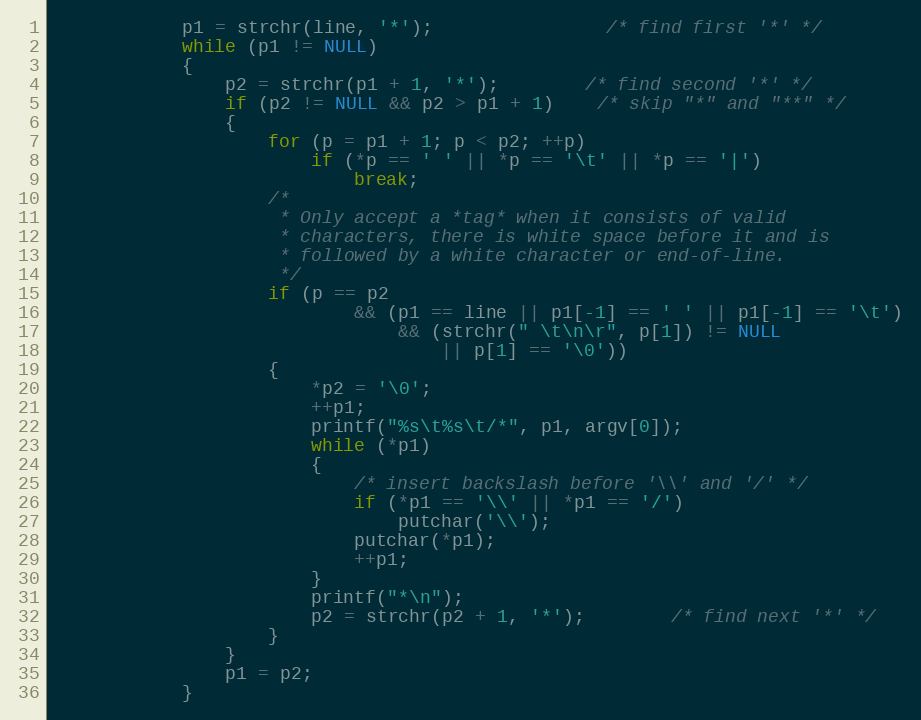
Language: C
			p1 = strchr(line, '*');				/* find first '*' */
			while (p1 != NULL)
			{
				p2 = strchr(p1 + 1, '*');		/* find second '*' */
				if (p2 != NULL && p2 > p1 + 1)	/* skip "*" and "**" */
				{
					for (p = p1 + 1; p < p2; ++p)
						if (*p == ' ' || *p == '\t' || *p == '|')
							break;
					/*
					 * Only accept a *tag* when it consists of valid
					 * characters, there is white space before it and is
					 * followed by a white character or end-of-line.
					 */
					if (p == p2
							&& (p1 == line || p1[-1] == ' ' || p1[-1] == '\t')
								&& (strchr(" \t\n\r", p[1]) != NULL
									|| p[1] == '\0'))
					{
						*p2 = '\0';
						++p1;
						printf("%s\t%s\t/*", p1, argv[0]);
						while (*p1)
						{
							/* insert backslash before '\\' and '/' */
							if (*p1 == '\\' || *p1 == '/')
								putchar('\\');
							putchar(*p1);
							++p1;
						}
						printf("*\n");
						p2 = strchr(p2 + 1, '*');		/* find next '*' */
					}
				}
				p1 = p2;
			}